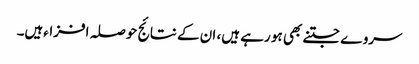
سروے جتنے بھی ہو رہے ہیں، ان کے نتائج حوصلہ افزاءہیں۔